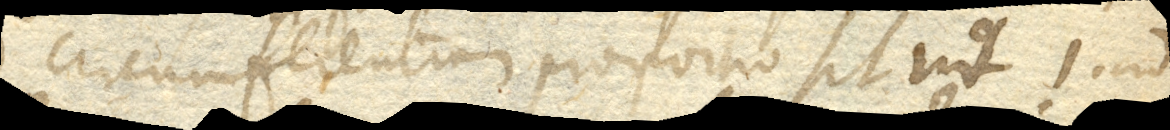
ad circumferentiam proportio sit ut 1. ad